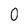
Character: 0